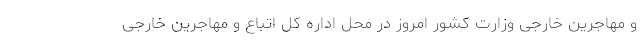
و مهاجرین خارجی وزارت کشور امروز در محل اداره کل اتباع و مهاجرین خارجی